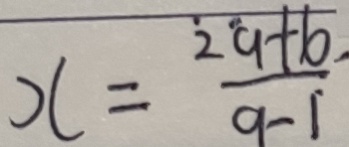
x = \frac { 2 a + b } { a - 1 }